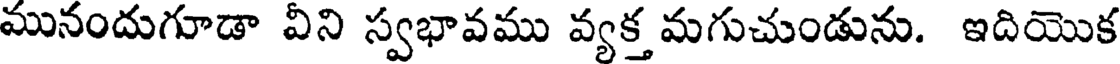
మునందుగూడా వీని స్వభావము వ్యక్త మగుచుండును. ఇదియొక